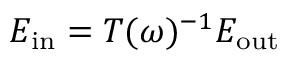
E _ { \mathrm { i n } } = T ( \omega ) ^ { - 1 } E _ { \mathrm { o u t } }